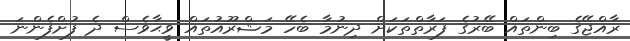
ރާއްޖޭގެ ބިންތައް ބޭރުގެ ފަރާތްތަކަށް ދިނުމާ ބެހޭ މަޝްރޫއުތައް ވީޙާވެސް ދެ ފުށްފެންނަ